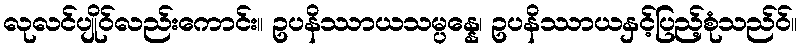
လုလင်ပျိုဝ်လည်းကောင်း။ ဥပနိဿာယသမ္ပန္နေ၊ ဥပနိဿာယနှင့်ပြည့်စုံသည်ဝ်။